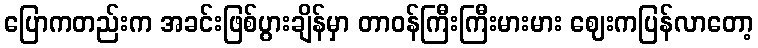
ပြောကတည်းက အခင်းဖြစ်ပွားချိန်မှာ တာဝန်ကြီးကြီးမားမား ဈေးကပြန်လာတော့